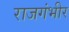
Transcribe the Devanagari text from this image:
राजगंभीर